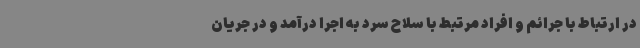
در ارتباط با جرائم و افراد مرتبط با سلاح سرد به اجرا درآمد و در جریان